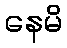
နေမိ